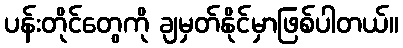
ပန်းတိုင်တွေကို ချမှတ်နိုင်မှာဖြစ်ပါတယ်။